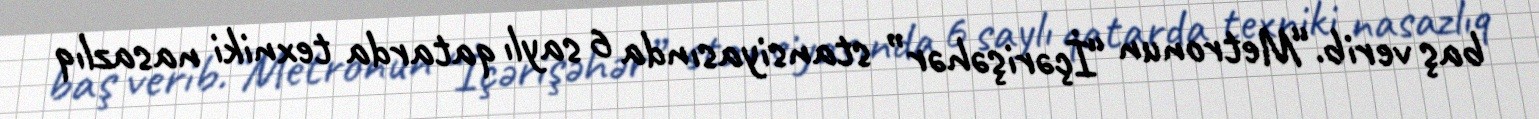
baş verib.“Metronun “İçərişəhər” stansiyasında 6 saylı qatarda texniki nasazlıq